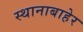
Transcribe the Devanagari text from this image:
स्थानाबाहेर